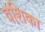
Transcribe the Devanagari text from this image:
वंशिका